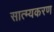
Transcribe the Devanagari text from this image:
सात्म्यकरण